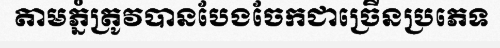
តាមភ្នំត្រូវបានបែងចែកជាច្រើនប្រភេទ